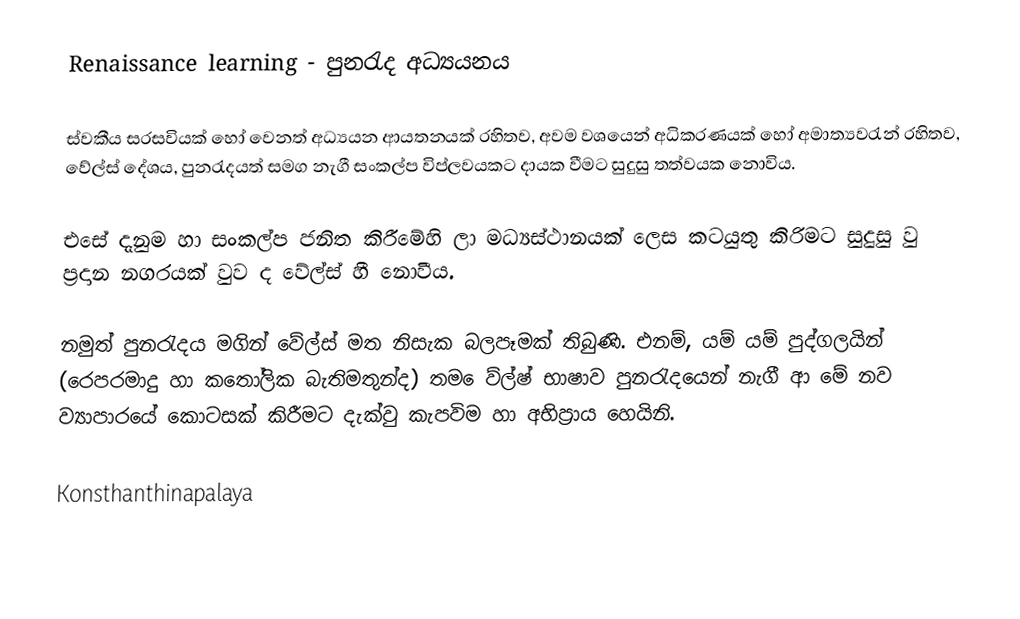
Renaissance learning - පුනරැද අධ්‍යයනය

	ස්වකීය සරසවියක් හෝ වෙනත් අධ්‍යයන ආයතනයක් රහිතව, අවම වශයෙන් අධිකරණයක් හෝ අමාත්‍යවරැන් රහිතව, වේල්ස් දේශය, පුනරැදයත් සමග නැගී සංකල්ප විප්ලවයකට දායක වීමට සුදුසු තත්වයක නොවිය.

	එ‍සේ දැනුම හා සංකල්ප ජනිත කිරීමේහි ලා මධ්‍යස්ථානයක් ලෙස කටයුතු කිරිමට සුදුසු වු ප්‍රදාන නගරයක් වුව ද වේල්ස් හී නොවීය.

නමුත් පුනරැදය මගින් වේල්ස් මත නිසැක ‍බලපෑමක් තිබුණි. එනම්, යම් යම් පුද්ගලයින් (රෙපරමාදු හා කතෝලික බැතිමතුන්ද) තම ‍ෙව්ල්ෂ් භාෂාව පුනරැදයෙන් නැගී ආ මේ නව ව්‍යාපාරයේ කොටසක් කිරීමට දැක්වු කැපවිම හා අභිප්‍රාය හෙයිනි.

Konsthanthinapalaya